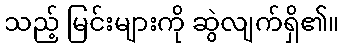
သည့် မြင်းများကို ဆွဲလျက်ရှိ၏။